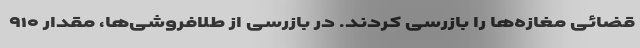
قضائی مغازه‌ها را بازرسی کردند. در بازرسی از طلافروشی‌ها، مقدار ۹۱۰